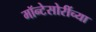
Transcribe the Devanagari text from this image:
मॉन्टेसोरींच्या